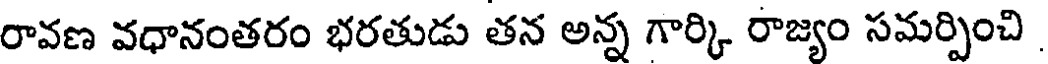
రావణ వధానంతరం భరతుడు తన అన్న గార్కి రాజ్యం సమర్పించి